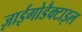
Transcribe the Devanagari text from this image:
ज़ाईगोडैक्टाइल